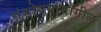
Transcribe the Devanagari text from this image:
संशोधनामागील